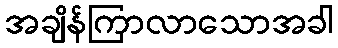
အချိန်ကြာလာသောအခါ